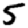
Digit: 5